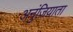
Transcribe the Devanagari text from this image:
अनुंज़ियाता